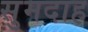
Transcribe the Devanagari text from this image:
सुमदाह